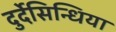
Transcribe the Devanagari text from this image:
दुर्देसिन्धिया